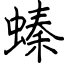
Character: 螓